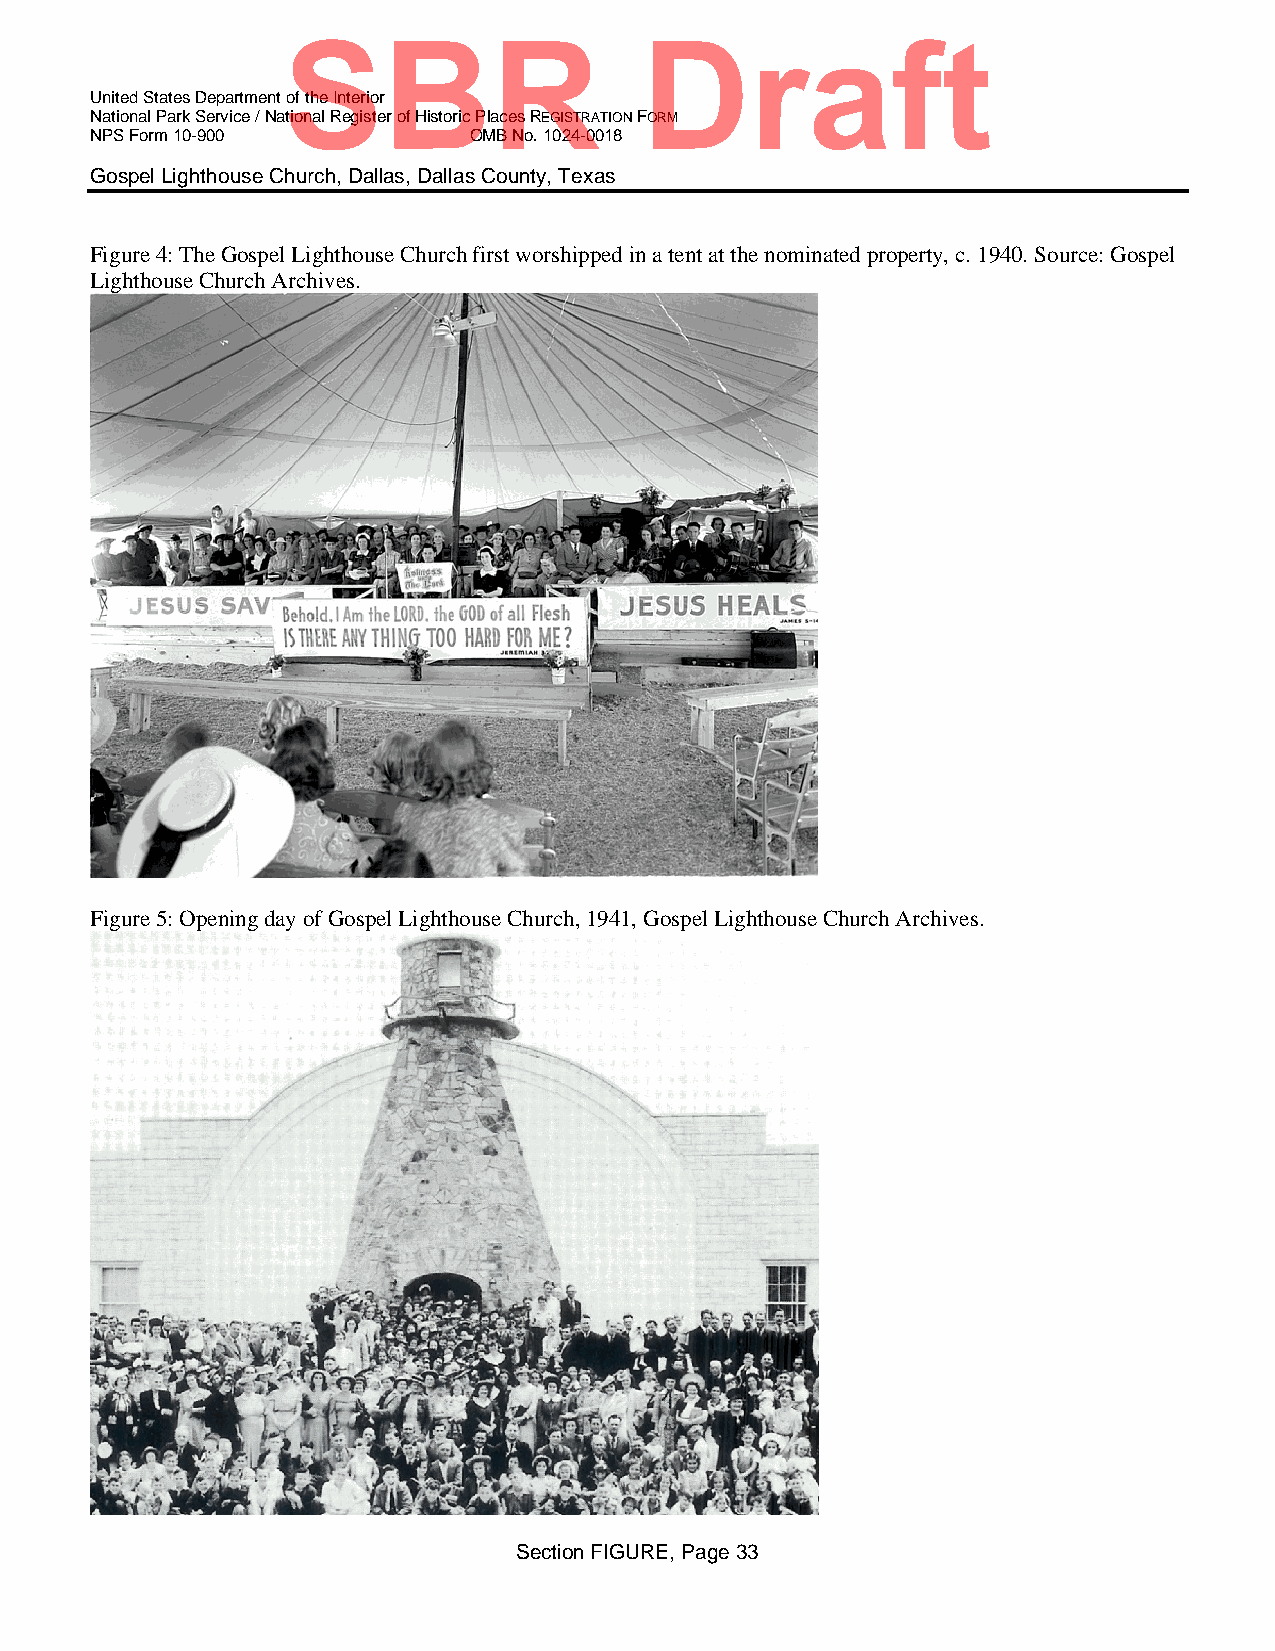
SBR                    Draft
 United States Department of the Interior
 National Park Service / National Register of Historic Places REGISTRATION FORM
 NPS Form 10-900          OMB No. 1024-0018
 Gospel Lighthouse Church, Dallas, Dallas County, Texas
 Figure 4: The Gospel Lighthouse Church first worshipped in a tent at the nominated property, c. 1940. Source: Gospel
 Lighthouse Church Archives.
 Figure 5: Opening day of Gospel Lighthouse Church, 1941, Gospel Lighthouse Church Archives.
 Section FIGURE, Page 33